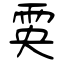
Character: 雵